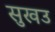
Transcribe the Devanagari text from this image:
सुखउ